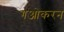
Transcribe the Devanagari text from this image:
गओकरन